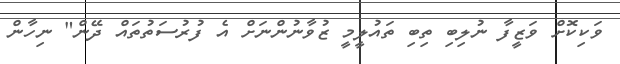
ވަކިކޮށް ވަޒީފާ ނުލިބި ތިބި ތައުލީމީ ޒުވާނުންނަށް އެ ފުރުސަތުތައް ދޭން" ނިހާން